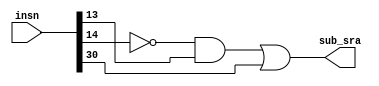
/* Mdulo para decodificao de instrues do tipo R de acordo com
o ISA do risc-v. O mdulo recebe a instruo e retorna todas as sadas relevantes a serem enviadas ao circuito */
module decoder_r_insn (
  input wire [31:0] insn, // instruo de 32 bits
  output wire sub_sra // controle de adio/subtrao e de logical/arithmetic shift
);

  assign sub_sra = ((~insn[14]) & insn[13]) | insn[30]; 
  // Est codificada no segundo bit mais signifcativo da instruo, e tambm dever ser 1 caso a instruo necessite de uma comparao

endmodule